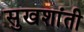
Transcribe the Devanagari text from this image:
सुखशांती